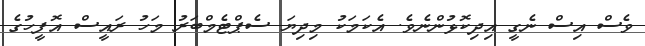
ވެސް އިސް ނެގީ އިދިކޮޅުންނެވެ. އެކަމަކު މިދިޔަ ސެޕްޓެމްބަރު މަހު ރައީސް އޮފީހުގެ